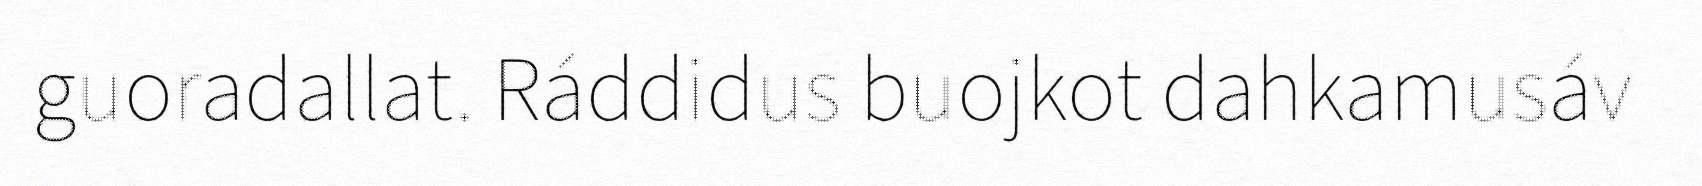
guoradallat. Ráddidus buojkot dahkamusáv